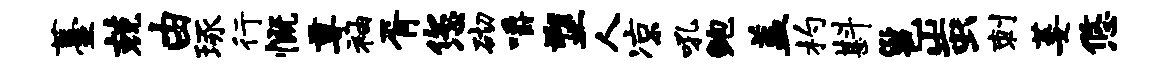
薹兢由琢行慨尊袖胥您砌嚼塑人凉吼鲍盖杓斟邕蚩刺萎悠